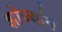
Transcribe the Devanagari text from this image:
झोज्यांग